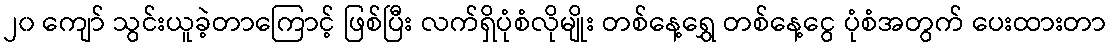
၂၀ ကျော် သွင်းယူခဲ့တာကြောင့် ဖြစ်ပြီး လက်ရှိပုံစံလိုမျိုး တစ်နေ့ရွှေ တစ်နေ့ငွေ ပုံစံအတွက် ပေးထားတာ